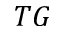
T G